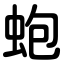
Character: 蚫